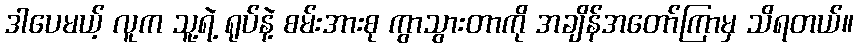
ဒါပေမယ့် လူက သူ့ရဲ့ ရုပ်နဲ့ စမ်းအားစု ကွာသွားတာကို အချိန်အတော်ကြာမှ သိရတယ်။